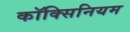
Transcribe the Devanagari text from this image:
कॉक्सिनियम